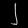
Digit: ၂